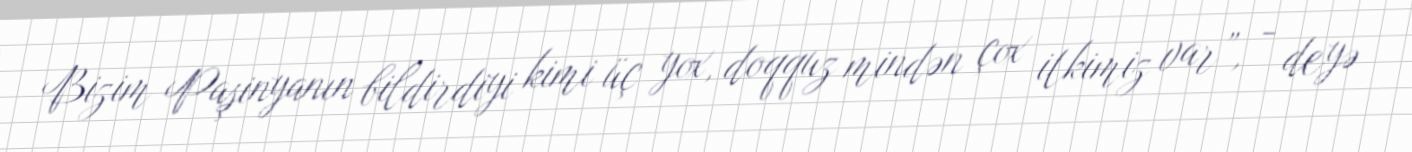
Bizim Paşinyanın bildirdiyi kimi üç yox, doqquz mindən çox itkimiz var”, - deyə